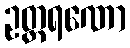
ဥတ္တရဏော